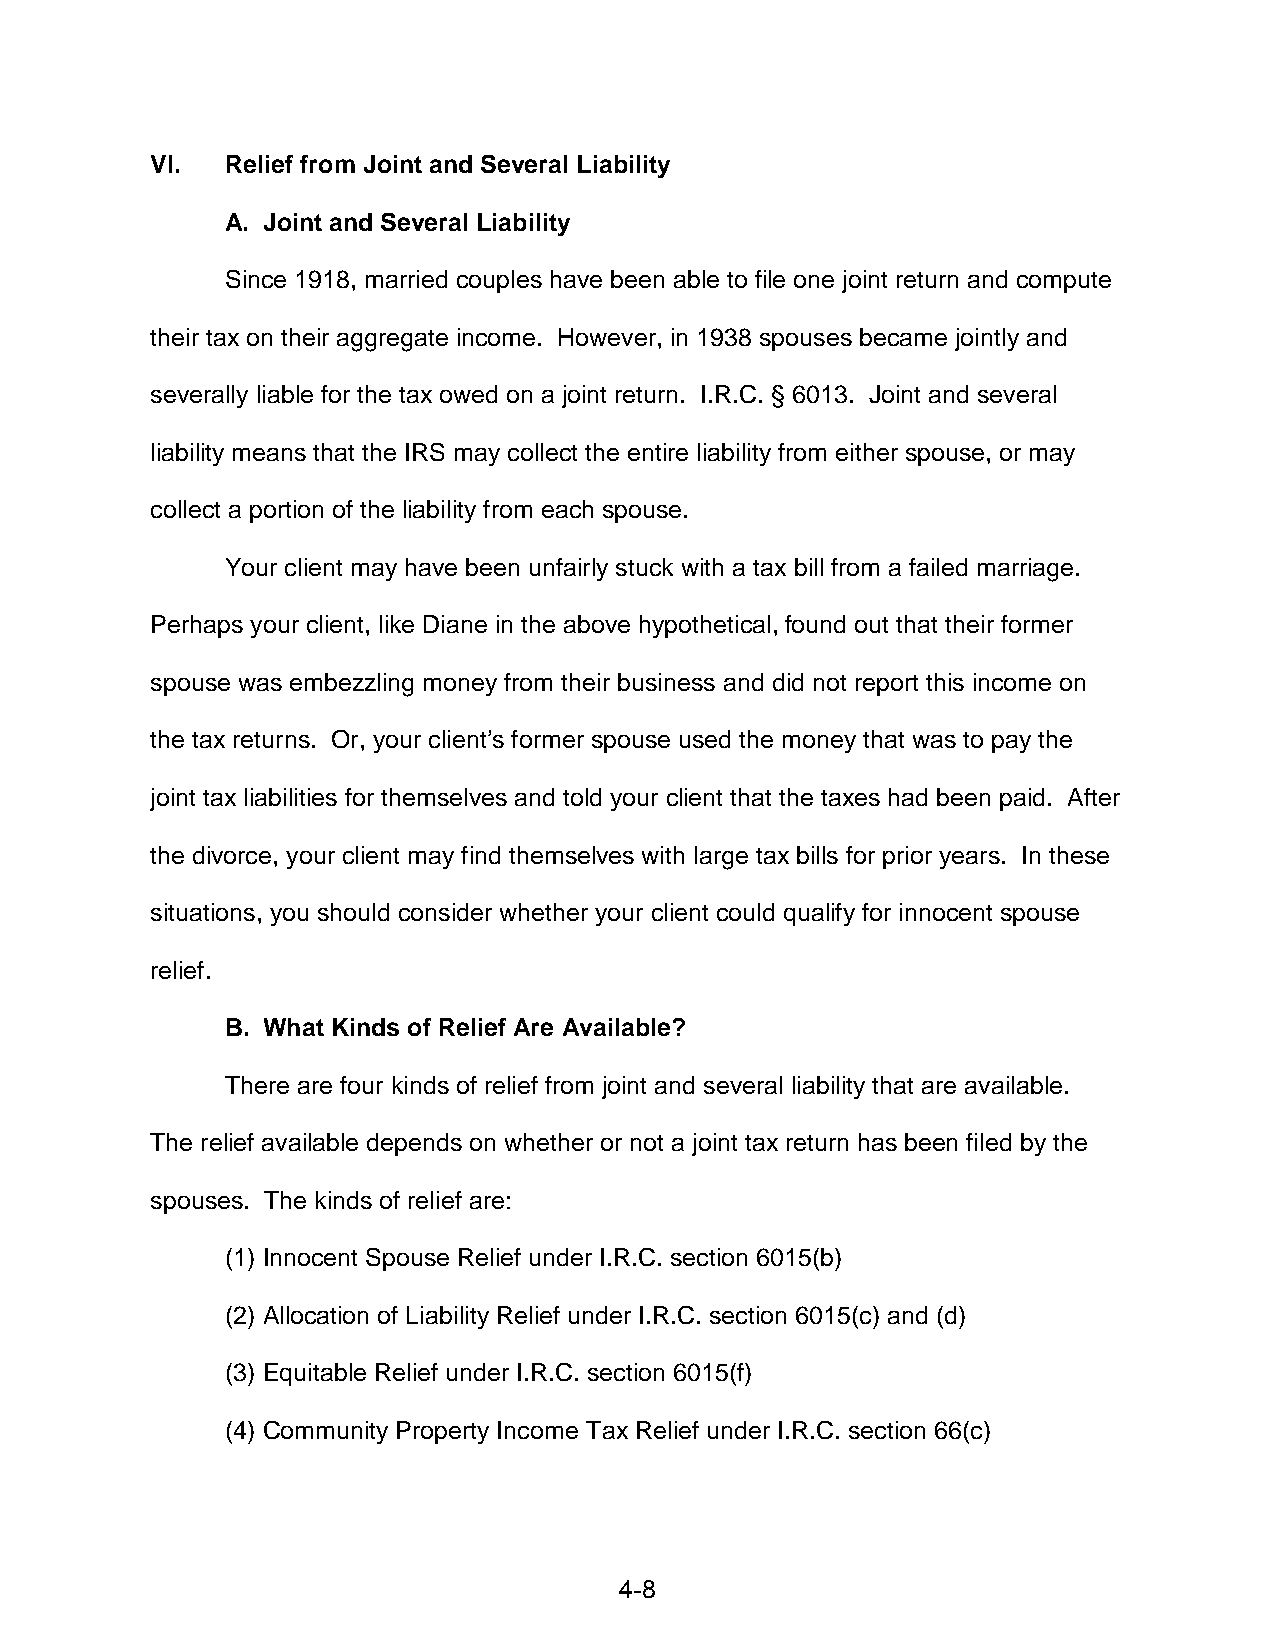
VI.  Relief from Joint and Several Liability
 A. Joint and Several Liability
 Since 1918, married couples have been able to file one joint return and compute
 their tax on their aggregate income. However, in 1938 spouses became jointly and
 severally liable for the tax owed on a joint return. I.R.C. § 6013. Joint and several
 liability means that the IRS may collect the entire liability from either spouse, or may
 collect a portion of the liability from each spouse.
 Your client may have been unfairly stuck with a tax bill from a failed marriage.
 Perhaps your client, like Diane in the above hypothetical, found out that their former
 spouse was embezzling money from their business and did not report this income on
 the tax returns. Or, your client’s former spouse used the money that was to pay the
 joint tax liabilities for themselves and told your client that the taxes had been paid. After
 the divorce, your client may find themselves with large tax bills for prior years. In these
 situations, you should consider whether your client could qualify for innocent spouse
 relief.
 B. What Kinds of Relief Are Available?
 There are four kinds of relief from joint and several liability that are available.
 The relief available depends on whether or not a joint tax return has been filed by the
 spouses. The kinds of relief are:
 (1) Innocent Spouse Relief under I.R.C. section 6015(b)
 (2) Allocation of Liability Relief under I.R.C. section 6015(c) and (d)
 (3) Equitable Relief under I.R.C. section 6015(f)
 (4) Community Property Income Tax Relief under I.R.C. section 66(c)
 4-8